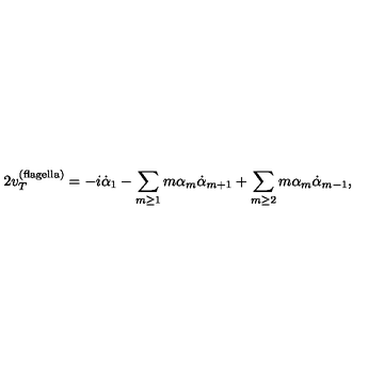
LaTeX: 2 v _ { T } ^ { ( \mathrm { f l a g e l l a ) } } = - i \dot { \alpha } _ { 1 } - \sum _ { m \geq 1 } m \alpha _ { m } \dot { \alpha } _ { m + 1 } + \sum _ { m \geq 2 } m \alpha _ { m } \dot { \alpha } _ { m - 1 } ,